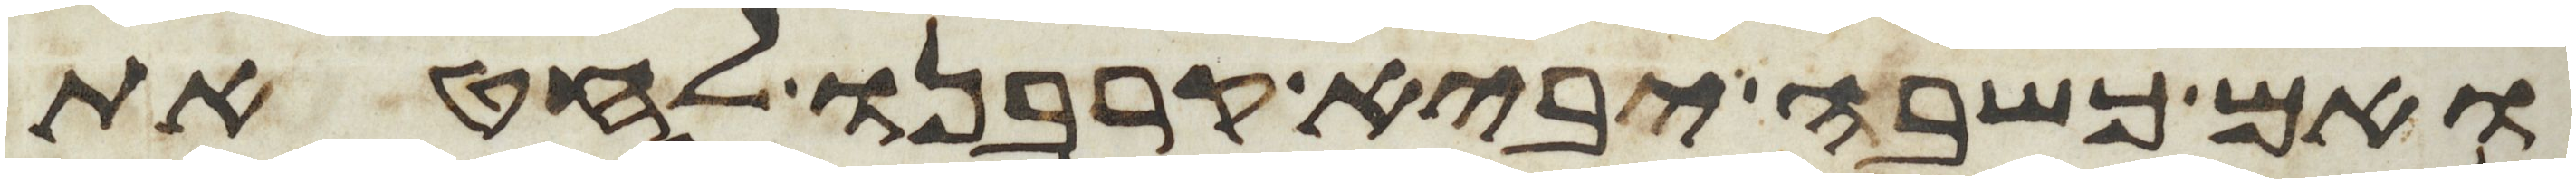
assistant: ואם כשבה יביא קרבנו לחטאת